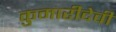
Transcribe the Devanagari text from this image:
कुमारीदेवी